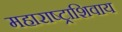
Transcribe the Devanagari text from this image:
महाराष्ट्राशिवाय